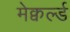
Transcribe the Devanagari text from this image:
मेक्वर्ल्ड